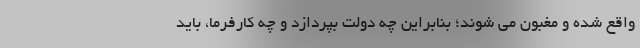
واقع شده و مغبون می شوند؛ بنابراین چه دولت بپردازد و چه کارفرما، باید